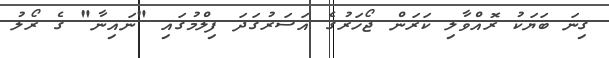
ގިނަ ބަޔަކު ރޮއްވާލި ކަރަން ޖޯހަރުގެ އަސަރުގަދަ ފިލްމުގައި "ނައިނާ" ގެ ރޯލު